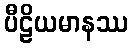
ပီဠိယမာနဿ